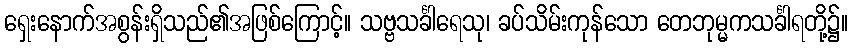
ရှေးနောက်အစွန်းရှိသည်၏အဖြစ်ကြောင့်။ သဗ္ဗသင်္ခါရေသု၊ ခပ်သိမ်းကုန်သော တေဘုမ္မကသင်္ခါရတို့၌။